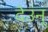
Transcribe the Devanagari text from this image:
देउन्